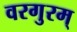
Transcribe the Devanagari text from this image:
वरगुरम्